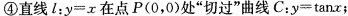
④直线l：y=x在点P(O，0)处”切过”曲线C：y=\tanx；